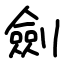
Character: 劍